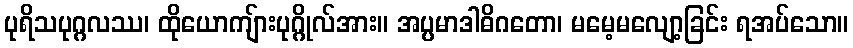
ပုရိသပုဂ္ဂလဿ၊ ထိုယောကျ်ားပုဂ္ဂိုလ်အား။ အပ္ပမာဒါဓိဂတော၊ မမေ့မလျော့ခြင်း ရအပ်သော။